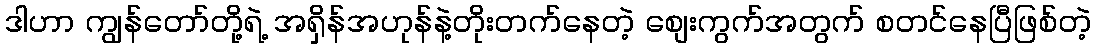
ဒါဟာ ကျွန်တော်တို့ရဲ့ အရှိန်အဟုန်နဲ့တိုးတက်နေတဲ့ စျေးကွက်အတွက် စတင်နေပြီဖြစ်တဲ့